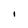
Character: l